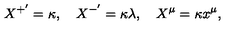
X ^ { + ^ { \prime } } = \kappa , \quad X ^ { - ^ { \prime } } = \kappa \lambda , \quad X ^ { \mu } = \kappa x ^ { \mu } ,